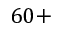
6 0 +